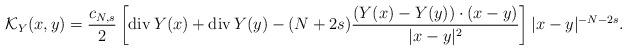
LaTeX: \begin{align*}\mathcal{K}_{Y}(x, y)=\frac{c_{N, s}}{2}\left[\operatorname{div} Y(x)+\operatorname{div} Y(y)-(N+2 s) \frac{(Y(x)-Y(y)) \cdot(x-y)}{|x-y|^{2}}\right]|x-y|^{-N-2 s} .\end{align*}